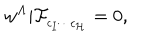
w ^ { \Lambda } \vert \mathcal { F } _ { _ { c _ { I } \cdots c _ { \mathcal { H } } } } = 0 ,